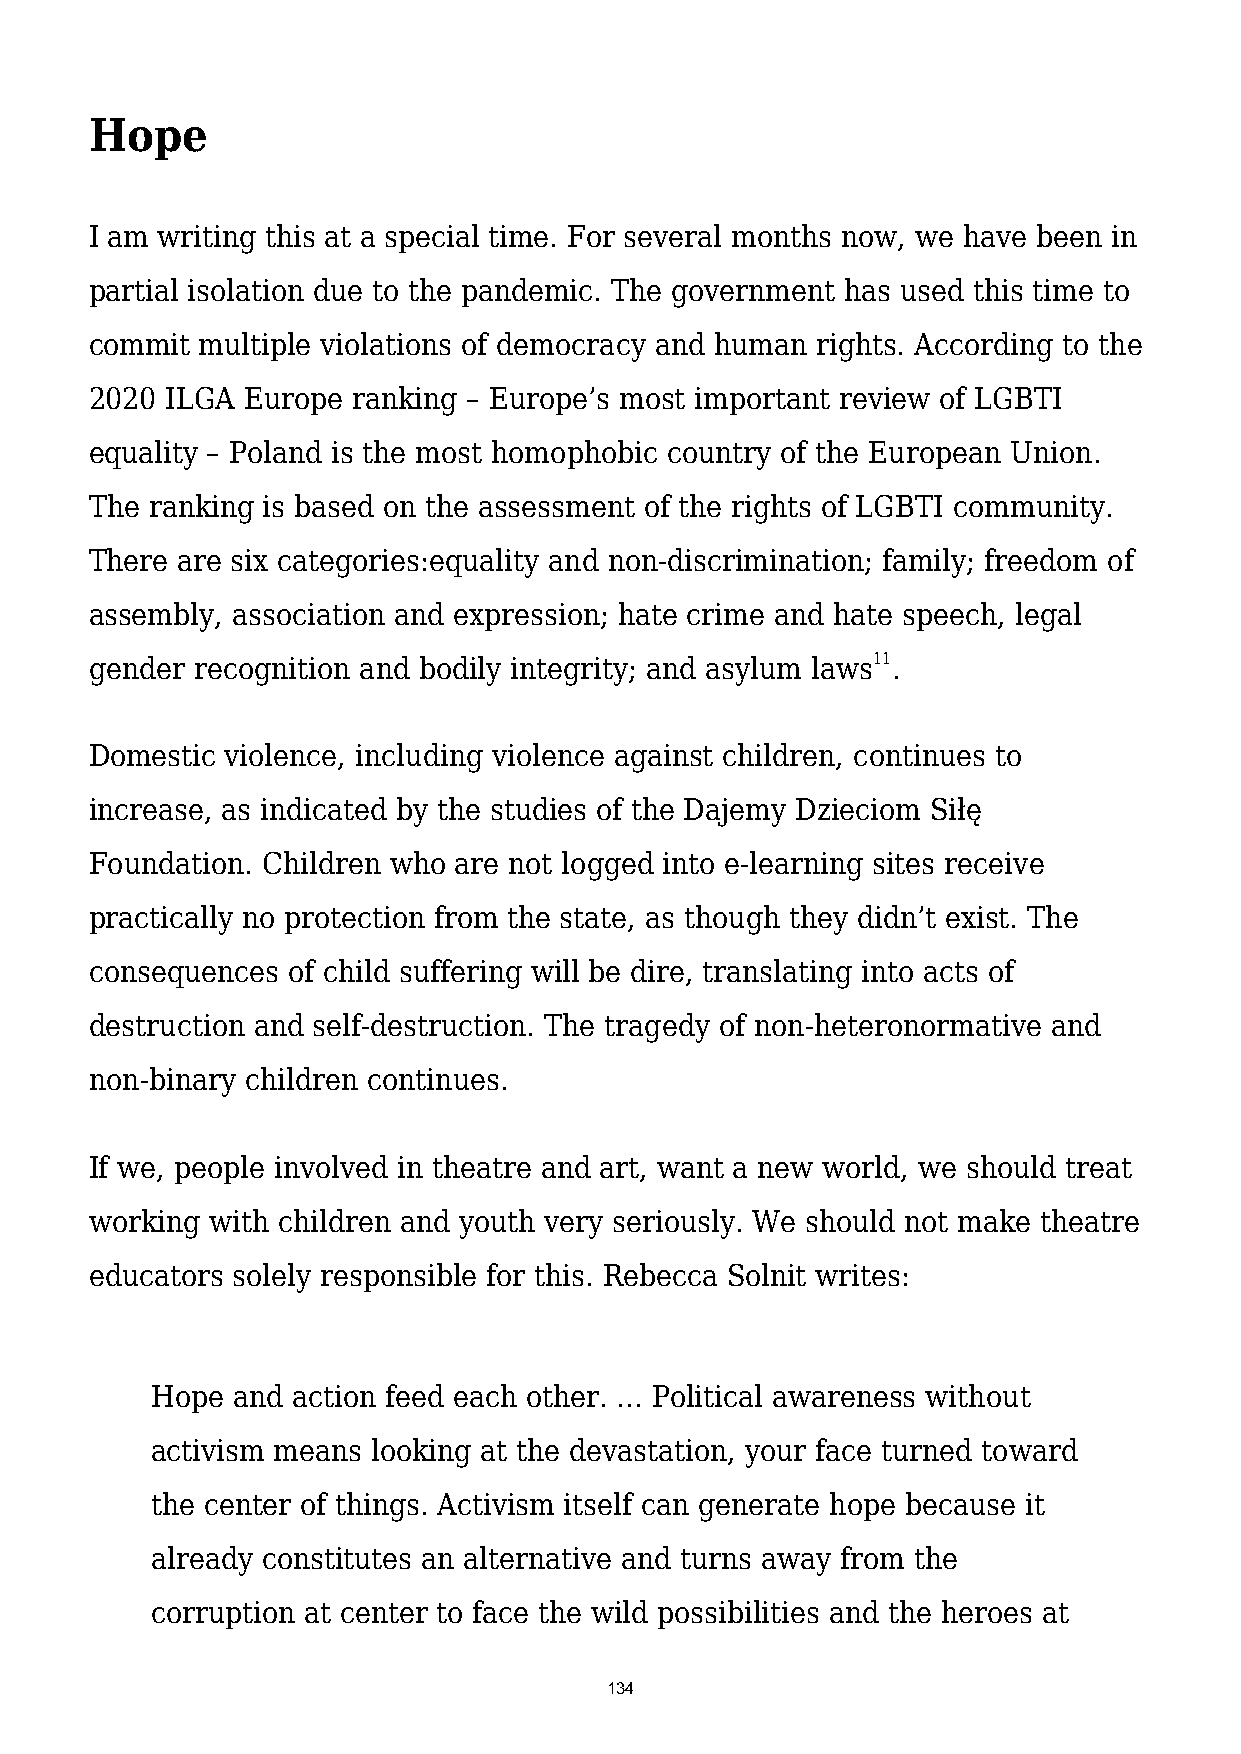
Hope
 I am writing this at a special time. For several months now, we have been in
 partial isolation due to the pandemic. The government has used this time to
 commit multiple violations of democracy and human rights. According to the
 2020 ILGA Europe ranking – Europe’s most important review of LGBTI
 equality – Poland is the most homophobic country of the European Union.
 The ranking is based on the assessment of the rights of LGBTI community.
 There are six categories:equality and non-discrimination; family; freedom of
 assembly, association and expression; hate crime and hate speech, legal
 gender recognition and bodily integrity; and asylum laws11.
 Domestic violence, including violence against children, continues to
 increase, as indicated by the studies of the Dajemy Dzieciom Siłę
 Foundation. Children who are not logged into e-learning sites receive
 practically no protection from the state, as though they didn’t exist. The
 consequences of child suffering will be dire, translating into acts of
 destruction and self-destruction. The tragedy of non-heteronormative and
 non-binary children continues.
 If we, people involved in theatre and art, want a new world, we should treat
 working with children and youth very seriously. We should not make theatre
 educators solely responsible for this. Rebecca Solnit writes:
 Hope and action feed each other. … Political awareness without
 activism means looking at the devastation, your face turned toward
 the center of things. Activism itself can generate hope because it
 already constitutes an alternative and turns away from the
 corruption at center to face the wild possibilities and the heroes at
 134